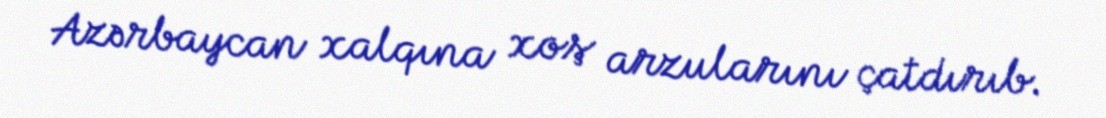
Azərbaycan xalqına xoş arzularını çatdırıb.